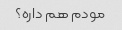
مودم هم داره؟